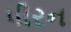
પીરન